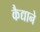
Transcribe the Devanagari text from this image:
कैद्याने